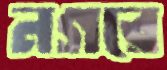
নগরে